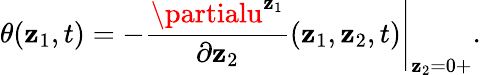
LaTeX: \theta(\mathbf{z}_{1},t)=-\left.\frac{{\partialu^{\mathbf{z}_{1}}}}{{\partial\mathbf{z}_{2}}}(\mathbf{z}_{1},\mathbf{z}_{2},t)\right|_{\mathbf{z}_{2}=0+}.